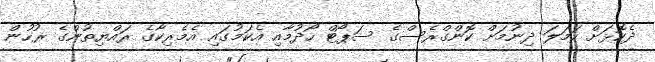
ދެކޮޅަށް ހަމަލަ ދިނުމަށް ކޮންގްރެސްގެ ސަޕޯޓް ހޯދުމާއި އެކަމުގައި އެމެރިކާގެ ރައްޔިތުންގެ ރުހުން